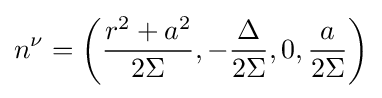
n^{\nu }=\left({\frac {r^{2}+a^{2}}{2\Sigma }},-{\frac {\Delta }{2\Sigma }},0,{\frac {a}{2\Sigma }}\right)